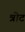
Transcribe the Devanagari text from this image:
त्रोट